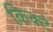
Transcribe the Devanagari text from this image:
किक्टे